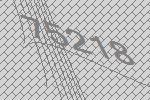
75218